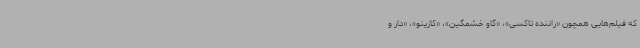
که فیلم‌هایی همچون «راننده تاکسی»، «گاو خشمگین»، «کازینو»، «دار و